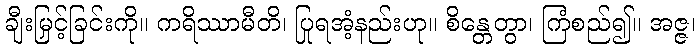
ချီးမြှင့်ခြင်းကို။ ကရိဿာမီတိ၊ ပြုရအံ့နည်းဟု။ စိန္တေတွာ၊ ကြံစည်၍။ အဇ္ဇ၊